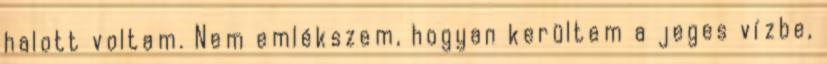
halott voltam. Nem emlékszem, hogyan kerültem a jeges vízbe,